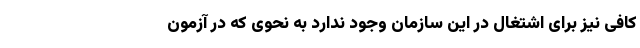
کافی نیز برای اشتغال در این سازمان وجود ندارد به نحوی که در آزمون